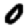
Digit: 0